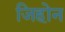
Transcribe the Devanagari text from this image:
जिहोन